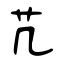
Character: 芁